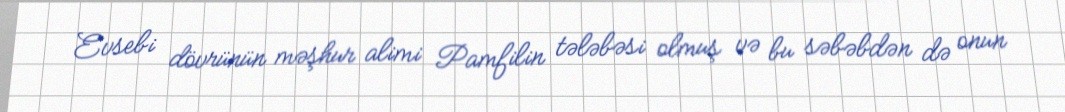
Evsebi dövrünün məşhur alimi Pamfilin tələbəsi olmuş və bu səbəbdən də onun